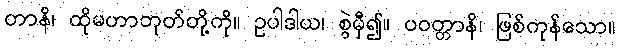
တာနိ၊ ထိုမဟာဘုတ်တို့ကို။ ဥပါဒါယ၊ စွဲမှီ၍။ ပဝတ္တာနိ၊ ဖြစ်ကုန်သော။